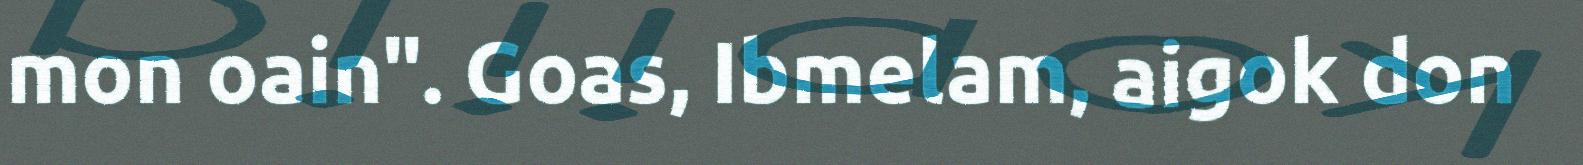
mon oain". Goas, Ibmelam, aigok don